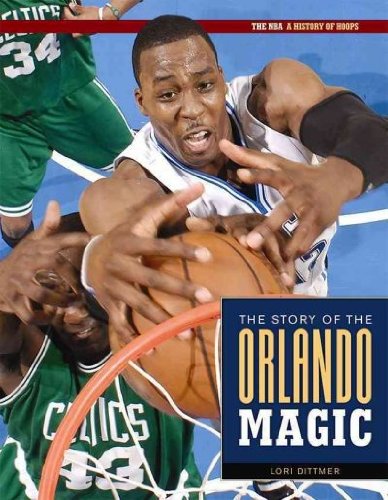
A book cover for The Story of the Orlando Magic (The NBA: a History of Hoops); Lori Dittmer; Teen & Young Adult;